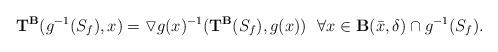
LaTeX: \begin{align*} \mathbf{T}^\mathbf{B}(g^{-1}(S_f), x)=\triangledown g(x)^{-1}(\mathbf{T}^\mathbf{B}(S_f), g(x))\ \ \forall x\in \mathbf{B}(\bar x,\delta)\cap g^{-1}(S_f).\end{align*}